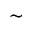
^ \sim